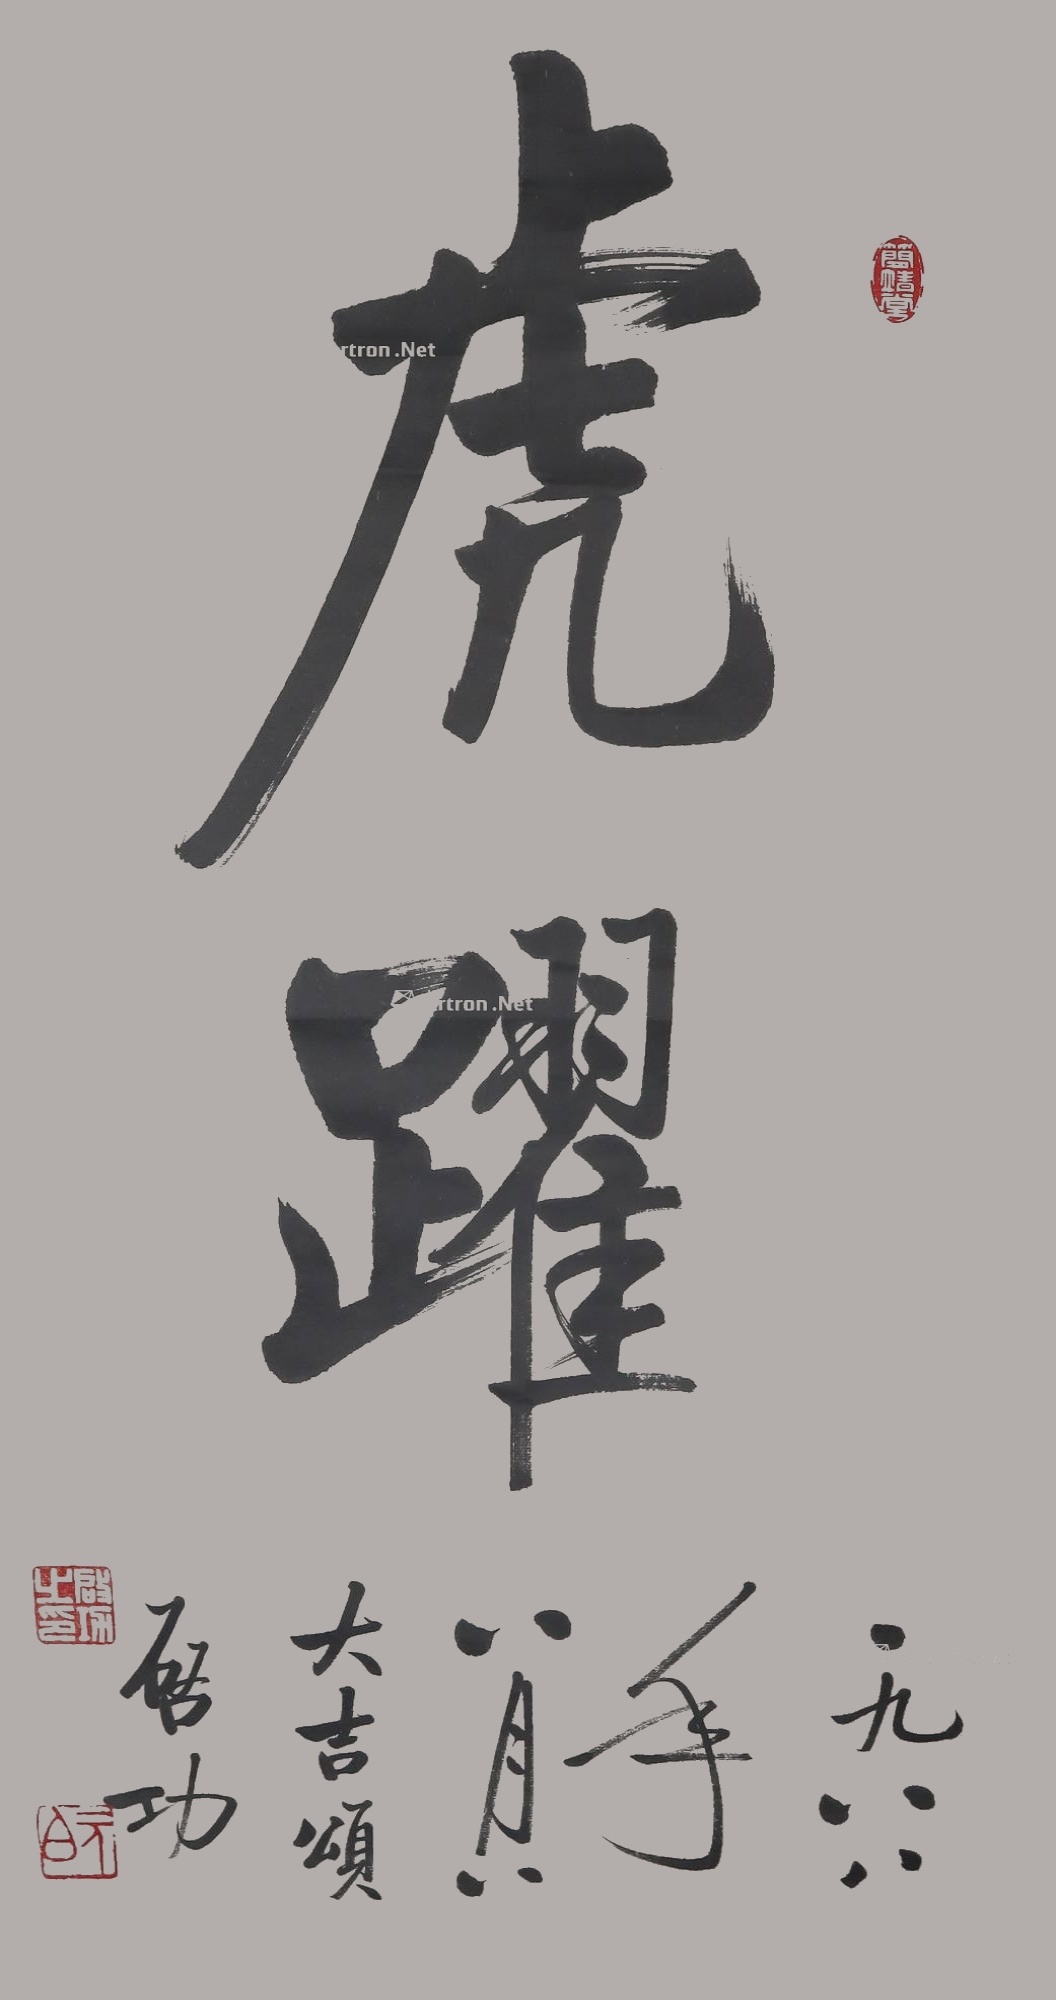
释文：一九八八年八月八大吉颂启功